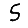
Digit: 5